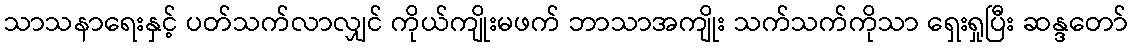
သာသနာရေးနှင့် ပတ်သက်လာလျှင် ကိုယ်ကျိုးမဖက် ဘာသာအကျိုး သက်သက်ကိုသာ ရှေးရှုပြီး ဆန္ဒတော်